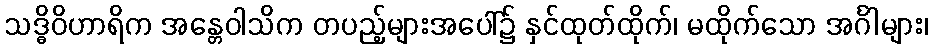
သဒ္ဓိဝိဟာရိက အန္တေဝါသိက တပည့်များအပေါ်၌ နှင်ထုတ်ထိုက်၊ မထိုက်သော အင်္ဂါများ၊